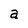
Character: a